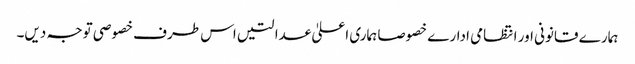
ہمارے قانونی اور انتظامی ادارے خصوصا ہماری اعلیٰ عدالتیں اس طرف خصوصی توجہ دیں۔